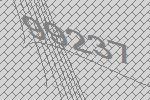
99237